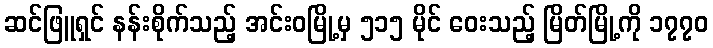
ဆင်ဖြူရှင် နန်းစိုက်သည့် အင်းဝမြို့မှ ၅၁၅ မိုင် ဝေးသည့် မြိတ်မြို့ကို ၁၇၇၀